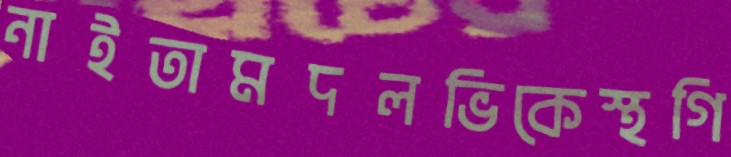
নাইতামদলভিকেস্থগি